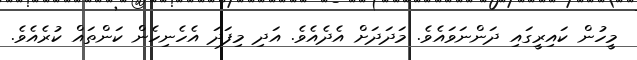
މީހުން ކައިރީގައި ދަންނަވައެވެ. މަދަދަށް އެދެއެވެ. އަދި މިފަދަ އެހެނިހެން ކަންތައް ކުރެއެވެ.